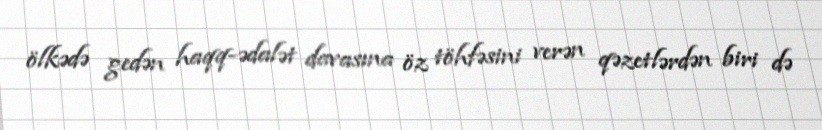
ölkədə gedən haqq-ədalət davasına öz töhfəsini verən qəzetlərdən biri də